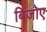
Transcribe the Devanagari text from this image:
बिजोए